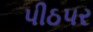
પીઠપર